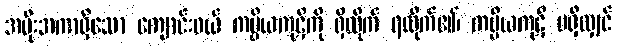
အမိုးအကာရှိသော ကျောင်းဝယ် ကပ္ပိယကုဋိကို ရှိထိုက် ရထိုက်၏၊ ကပ္ပိယကုဋိ မရှိလျှင်